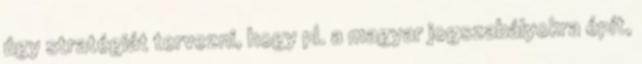
úgy stratégiát tervezni, hogy pl. a magyar jogszabályokra épít,